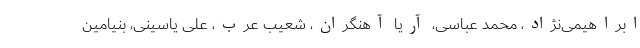
ابراهیمی‌نژاد، محمد عباسی، آریا آهنگران، شعیب عرب، علی یاسینی، بنیامین